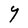
Character: Y